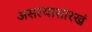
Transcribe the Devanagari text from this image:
असल्यासारखं